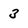
Character: 3